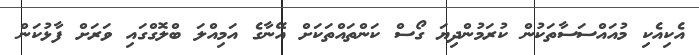
އެކިއެކި މުއައްސަސާތަކުން ކުރަމުންދިޔަ ގޯސް ކަންތައްތަކަށް އޭނާގެ އަމިއްލަ ބްލޮގްގައި ވަރަށް ފާޅުކަން